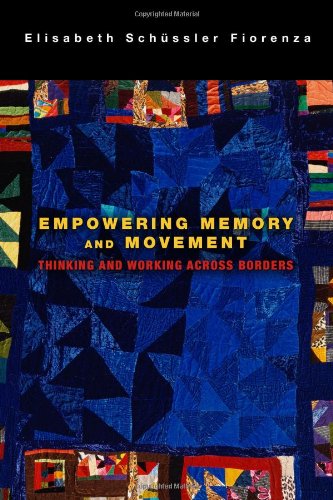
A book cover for Empowering Memory and Movement: Thinking and Working Across Borders; Elisabeth Schussler Fiorenza; Christian Books & Bibles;